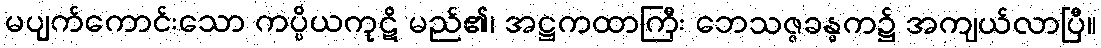
မပျက်ကောင်းသော ကပ္ပိယကုဋိ မည်၏၊ အဋ္ဌကထာကြီး ဘေသဇ္ဇခန္ဓက၌ အကျယ်လာပြီ။